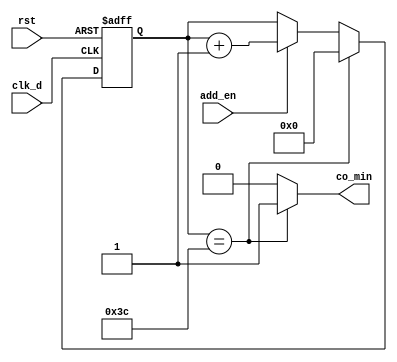
`timescale 1ns / 1ps
//////////////////////////////////////////////////////////////////////////////////
// Company: 
// Engineer: 
// 
// Design Name: 
// Module Name: upcounte_60
// Project Name: 
// Target Devices: 
// Tool Versions: 
// Description: 
// 
// Dependencies: 
// 
// Revision:
// Revision 0.01 - File Created
// Additional Comments:
// 
//////////////////////////////////////////////////////////////////////////////////


module upcounter_60sec(
    input clk_d,
    input rst,
    input add_en,
    output reg co_min
    );
    
    reg [8:0] cnt;
    reg [8:0] cnt_tmp;
    always@( posedge clk_d or posedge rst)
        if(rst)
            cnt <= 9'd0;
        else
            cnt <= cnt_tmp;
            
    always@*
        if( cnt == 60)
        begin
            cnt_tmp <= 9'd0;
            co_min <= 1'b1;
        end
        else if(add_en)
        begin 
            cnt_tmp <= cnt + 1'b1;
            co_min <= 1'b0;
        end
        else
        begin
            cnt_tmp <= cnt;
            co_min <= 1'b0;    
        end
            
endmodule